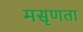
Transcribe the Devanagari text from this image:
मसृणता